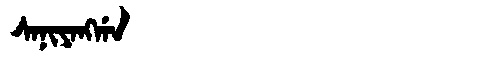
Manchu: ᠰᠠᠨᡳᠶᠠᠩᡤᠠ
Romanization: SANIYANGGA